Annual administration report of the Civil Veterinary Department of India - 1896-1897
Year: 1896
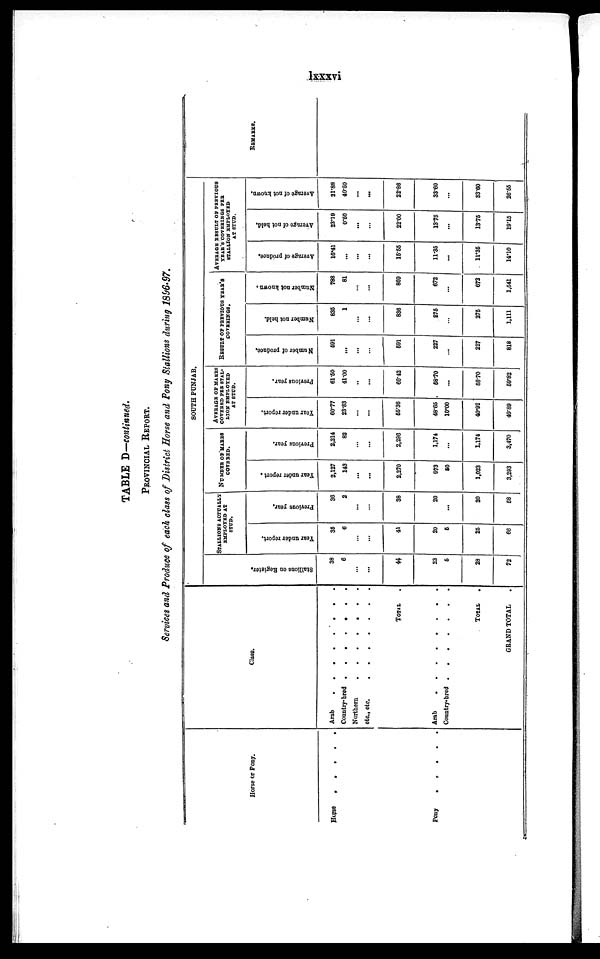
lxxxvi
TABLE D—continued.
PROVINCIAL REPORT.
Services and Produce of each class of District Horse and Pony Stallions during 1896-97.
Horse or Pony.
Horse . . . . .
Pony . . . . .
Class.
Arab . . . . . . . .
Country-bred . . . . . . .
Northern . . . . . . .
etc., etc. . . . . . . .
TOTAL .
Arab . . . . . . . .
Country-bred.
.
.
.
.
.
.
TOTAL .
GRAND TOTAL .
SOUTH PUNJAB.
Stallions on Register.
38
6
...
...
44
23
5
28
72
STALLIONS ACTUALLY
EMPLOYED AT
STUD.
Year
under report.
35
6
...
...
41
20
5
25
66
Previous year.
36
2
...
...
38
20
...
20
58
NUMBER OF MARES
COVERED.
Year under report.
2,127
143
...
...
2,270
973
50
1,023
3,293
Previous year.
2,214
82
...
...
2,296
1,174
...
1,174
3,470
AVERAGE OF MARES
COVERED PER STAL-
LION EMPLOYED
AT STUD.
Year under report.
60.77
23.83
...
...
55.36
48.65
10.00
40.92
49.89
Previous year.
61.50
41.00
..
...
60.42
58.70
...
58.70
59.82
RESULT OF PERVIOUS YEAR'S
COVERINGS.
Number of produce.
691
...
...
...
691
227
...
227
818
Number not held.
836
1
...
...
836
275
...
276
1,111
Number not known.
788
81
...
...
869
672
...
672
1,541
AVERAGE RESULT OF PREVIOUS
YEAR'S COVERINGS PER
STALLION EMPLOYED
AT STUD.
Average of produce.
16.41
...
...
...
15.55
11.35
...
11.35
14.10
Average of not held.
23.19
0.50
...
...
22.00
13.75
...
13.75
19.15
Average of not known.
21.88
40.50
...
...
22.86
33.60
...
33-60
26.55
REMARKS.